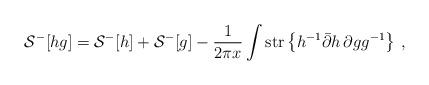
LaTeX: \begin{align*}{\cal S}^-[hg] = {\cal S}^-[h] + {\cal S}^-[g] -\frac{1}{2\pi x}\int \mbox{str} \left\{ h^{-1}\bar\partial h \, \partial g g^{-1} \right\}\, ,\end{align*}